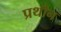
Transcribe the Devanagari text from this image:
प्रथीन